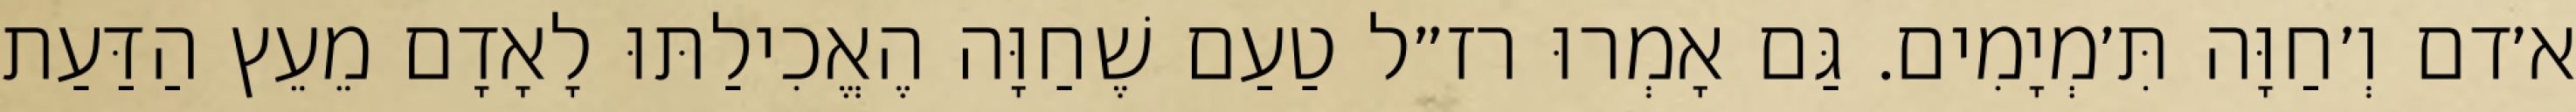
א׳דם וְ׳חַוָּה תִּ׳מְיָמִים. גַּם אָמְרוּ רז״ל טַעַם שֶׁחַוָּה הֶאֱכִילַתּוּ לָאָדָם מֵעֵץ הַדַּעַת